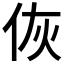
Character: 𬽻